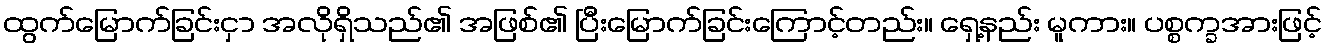
ထွက်မြောက်ခြင်းငှာ အလိုရှိသည်၏ အဖြစ်၏ ပြီးမြောက်ခြင်းကြောင့်တည်း။ ရှေ့နည်း မူကား။ ပစ္စက္ခအားဖြင့်